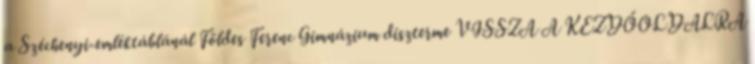
a Széchenyi-emléktáblánál Földes Ferenc Gimnázium díszterme VISSZA A KEZDŐOLDALRA